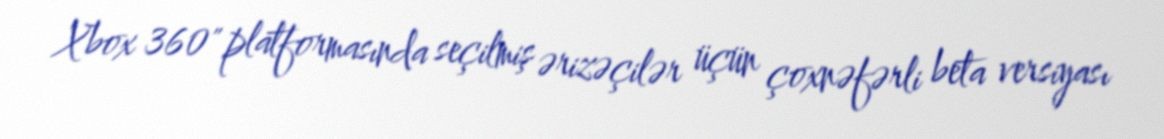
Xbox 360" platformasında seçilmiş ərizəçilər üçün çoxnəfərli beta versiyası